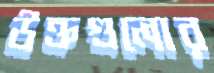
উক্তগুলোর